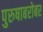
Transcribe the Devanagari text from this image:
पुरुषाबरोबर